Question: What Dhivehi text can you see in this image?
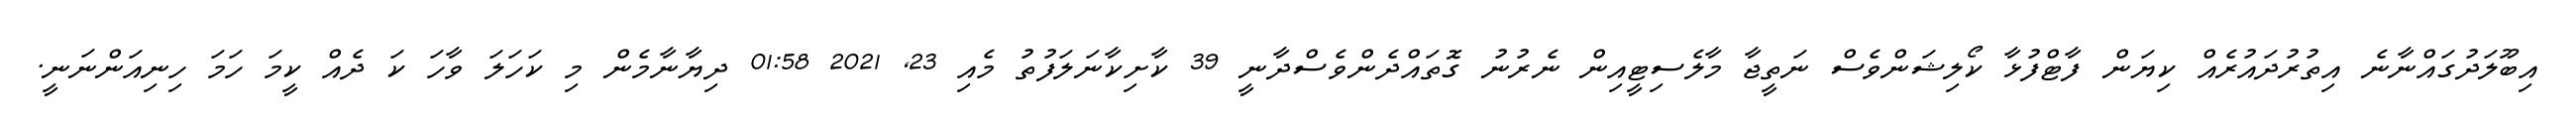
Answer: އިބޫލަދުގައްނާނެ އިތުރުދައުރެއް ކިޔަން ފާޓްފުޅާ ކޯލިޝަންވެސް ނަތީޖާ މާލެސިޓީއިން ނެރުނު ގޮތައްދެންވެސްދާނީ 39 ކާށިކާނަލަފުތު މެއި 23, 2021 01:58 ދިޔާނާމެން މި ކަހަލަ ވާހަ ކަ ދެއް ކީމަ ހަމަ ހިނިއަންނަނީ.